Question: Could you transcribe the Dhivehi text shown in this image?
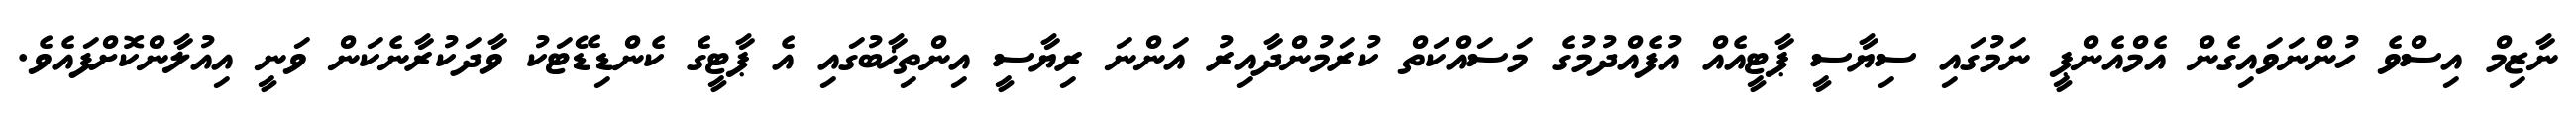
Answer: ނާޒިމް އިސްވެ ހުންނަވައިގެން އެމްއެންޕީ ނަމުގައި ސިޔާސީ ޕާޓީއެއް އުފެއްދުމުގެ މަސައްކަތް ކުރަމުންދާއިރު އަންނަ ރިޔާސީ އިންތިޚާބުގައި އެ ޕާޓީގެ ކެންޑިޑޭޓަކު ވާދަކުރާނެކަން ވަނީ އިއުލާންކޮށްފައެވެ.